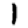
Digit: 1